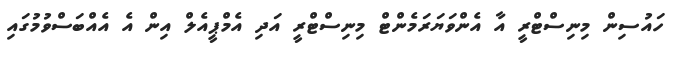
ހައުސިން މިނިސްޓްރީ އާ އެންވަޔަރަމެންޓް މިނިސްޓްރީ އަދި އެމްޕީއެލް އިން އެ އެއްބަސްވުމުގައި